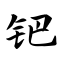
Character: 钯